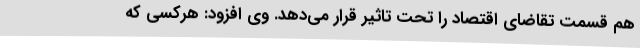
هم قسمت تقاضای اقتصاد را تحت تاثیر قرار می‌دهد. وی افزود: هرکسی که